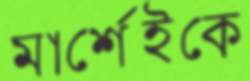
মার্শেইকে